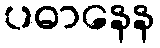
ပဓာနေန